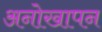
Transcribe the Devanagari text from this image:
अनोखापन